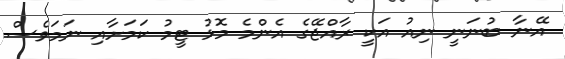
އޭނާ ބުނަނީ ނިއު އަކީ ރާއްޖޭގެ އެންމެ މޮޅު ޓީމު ކަމަށާއި ނަމަވެސް